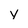
Character: v